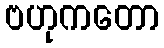
ဗဟုကတော